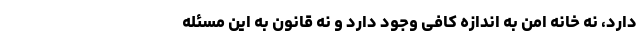
دارد، نه خانه امن به اندازه کافی وجود دارد و نه قانون به این مسئله